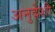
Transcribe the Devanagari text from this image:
अनुदेशी